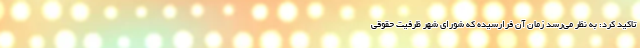
تاکید کرد: به نظر می‌رسد زمان آن فرارسیده که شورای شهر ظرفیت حقوقی